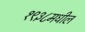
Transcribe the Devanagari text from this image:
१९३८मधील